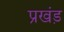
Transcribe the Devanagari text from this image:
प्रखंड़